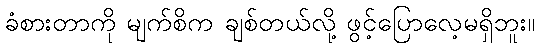
ခံစားတာကို မျက်စိက ချစ်တယ်လို့ ဖွင့်ပြောလေ့မရှိဘူး။